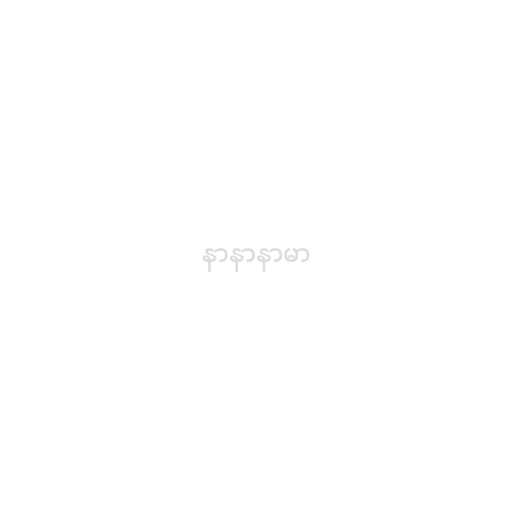
နာနာနာမာ